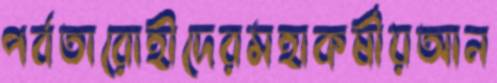
পর্বতারোহীদেরমহাকর্ষীয়আন